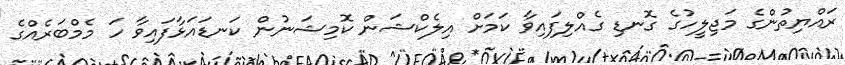
ރައްޔިތުންގެ މަޖިލީހުގެ ގޮނޑި ގެއްލިފައިވާ ކަމަށް އިލެކްޝަން ކޮމިޝަނުން ކަނޑައަޅާފައިވާ ހަ މެމްބަރެއްގެ